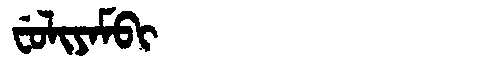
Manchu: ᠸᡠᠯᡳᠶᠠᠮᠪᡳ
Romanization: FULIYAMBI